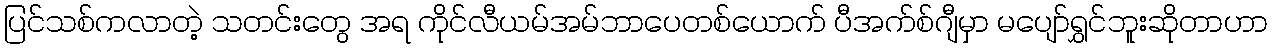
ပြင်သစ်ကလာတဲ့ သတင်းတွေ အရ ကိုင်လီယမ်အမ်ဘာပေတစ်ယောက် ပီအက်စ်ဂျီမှာ မပျော်ရွှင်ဘူးဆိုတာဟာ